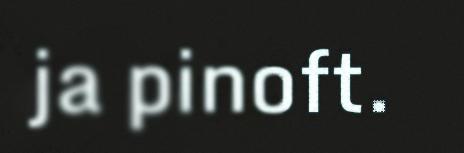
ja pinoft.